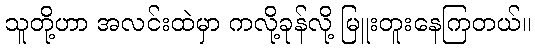
သူတို့ဟာ အလင်းထဲမှာ ကလို့ခုန်လို့ မြူးတူးနေကြတယ်။